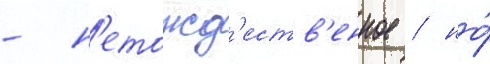
- н'етожд'еств'енное / но́